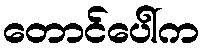
တောင်ပေါ်က